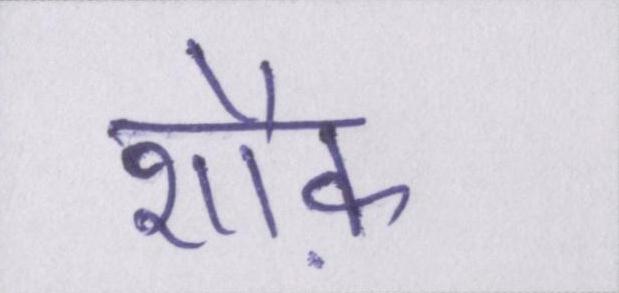
शौक़